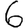
Digit: 6